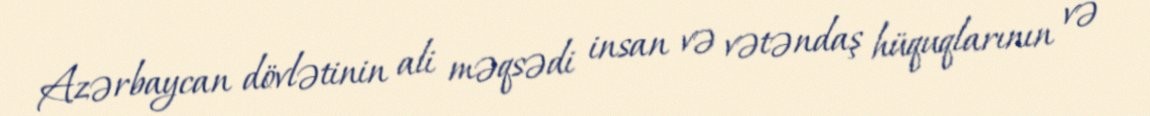
Azərbaycan dövlətinin ali məqsədi insan və vətəndaş hüquqlarının və